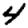
Digit: 4